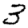
Digit: 3